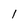
Character: l